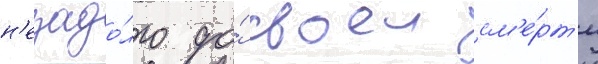
н'езадо́лго до́ своеи см'е́рт'и